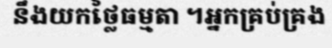
នឹងយកថ្លៃធម្មតា ។អ្នកគ្រប់គ្រង